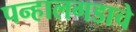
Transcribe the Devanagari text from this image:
पन्हालगडाचे